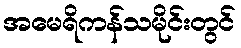
အမေရိကန်သမိုင်းတွင်